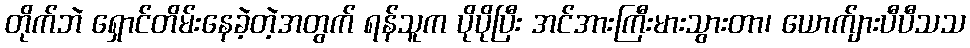
တိုက်ဘဲ ရှောင်တိမ်းနေခဲ့တဲ့အတွက် ရန်သူက ပိုပိုပြီး အင်အားကြီးမားသွားတာ၊ ယောက်ျားပီပီသသ